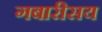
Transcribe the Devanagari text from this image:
गबारीसय